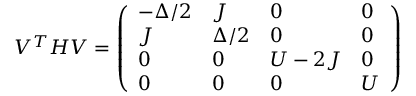
V ^ { T } H V = \left( \begin{array} { l l l l } { - \Delta / 2 } & { J } & { 0 } & { 0 } \\ { J } & { \Delta / 2 } & { 0 } & { 0 } \\ { 0 } & { 0 } & { U - 2 J } & { 0 } \\ { 0 } & { 0 } & { 0 } & { U } \end{array} \right)